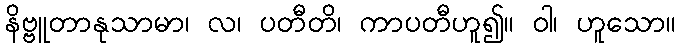
နိဗ္ဗူတာနုသာမာ၊ လ၊ ပတီတိ၊ ကာပတီဟူ၍။ ဝါ၊ ဟူသော။